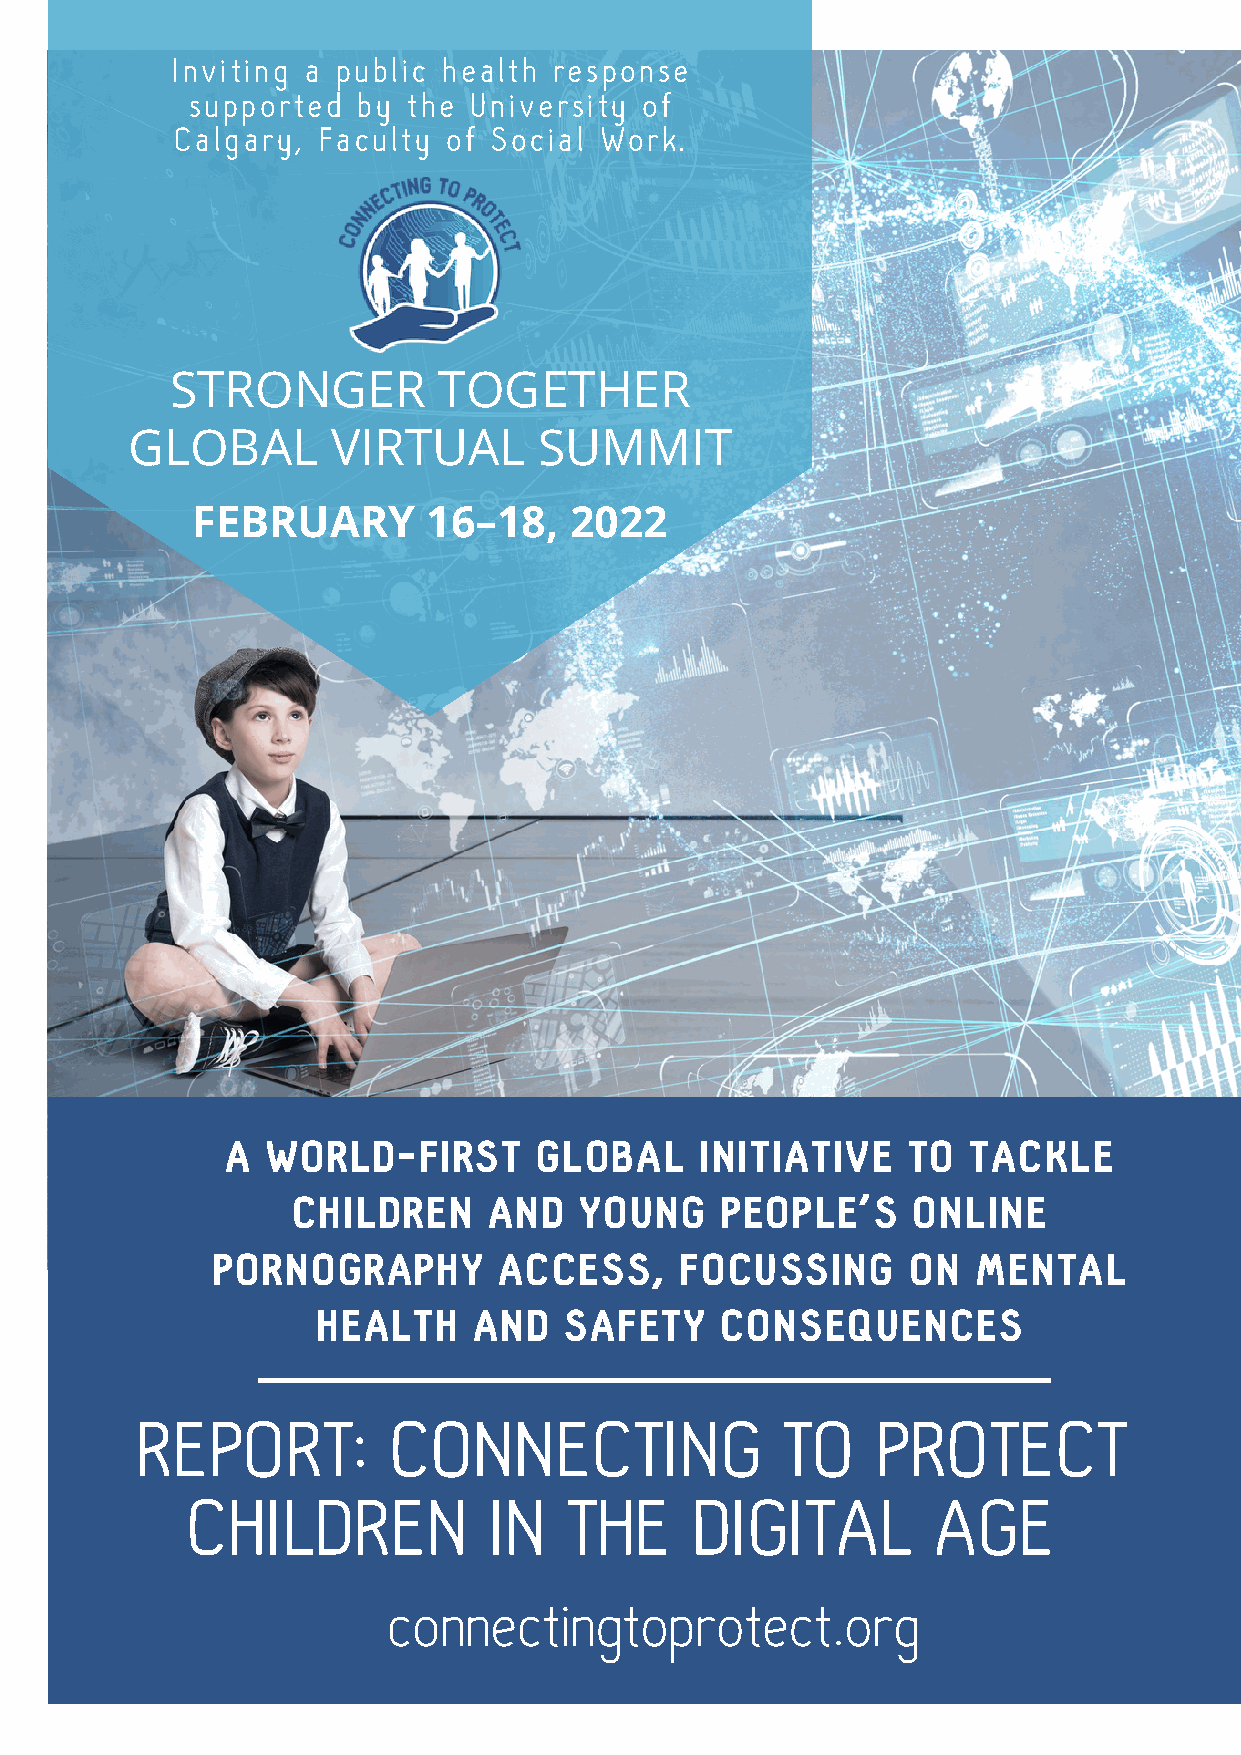
Inviting a public health  response
 supported  by the University  of
 Calgary, Faculty  of Social Work.
 STRONGER          TOGETHER
 GLOBAL        VIRTUAL       SUMMIT
 FEBRUARY       16–18,    2022
 A  WORLD-FIRST      GLOBAL     INITIATIVE    TO  TACKLE
 CHILDREN     AND   YOUNG     PEOPLE’S    ONLINE
 PORNOGRAPHY        ACCESS,     FOCUSSING      ON   MENTAL
 HEALTH    AND   SAFETY     CONSEQUENCES
 REPORT:          CONNECTING                TO    PROTECT
 CHILDREN            IN    THE     DIGITAL         AGE
 connectingtoprotect.org